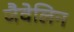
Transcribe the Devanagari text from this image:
जैवेलिन